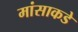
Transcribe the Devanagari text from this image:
मांसाकडे